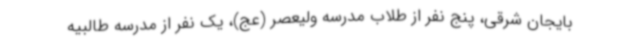
بایجان شرقی، پنج نفر از طلاب مدرسه ولیعصر (عج)، یک نفر از مدرسه طالبیه